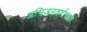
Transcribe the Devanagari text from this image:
अभिजनवर्गामध्ये